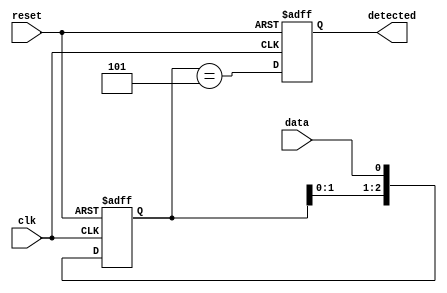
module pattern_detector (
    input wire clk,           // Clock signal
    input wire reset,         // Reset signal
    input wire data,          // Input signal to monitor
    output reg detected       // Output signal indicating pattern detection
);

    // Define states for the flip-flops
    reg [2:0] shift_reg;      // 3 flip-flops for 3-bit pattern

    // Define the pattern to detect
    localparam PATTERN = 3'b101; // The pattern we want to detect

    // Sequential logic: Flip-flops to store the input signal
    always @(posedge clk or posedge reset) begin
        if (reset) begin
            shift_reg <= 3'b000;  // Reset shift register
            detected <= 1'b0;      // Reset detected signal
        end else begin
            shift_reg <= {shift_reg[1:0], data}; // Shift the register
            // Compare the shift register with the pattern
            detected <= (shift_reg == PATTERN);
        end
    end

endmodule